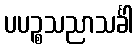
ပပဉ္စသညာသင်္ခါ